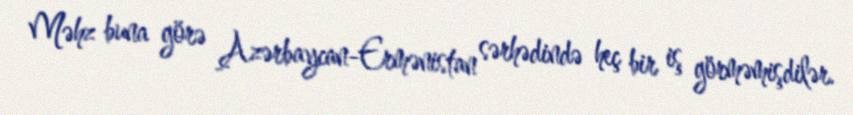
Məhz buna görə Azərbaycan-Ermənistan sərhədində heç bir iş görməmişdilər.